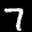
Label: 7